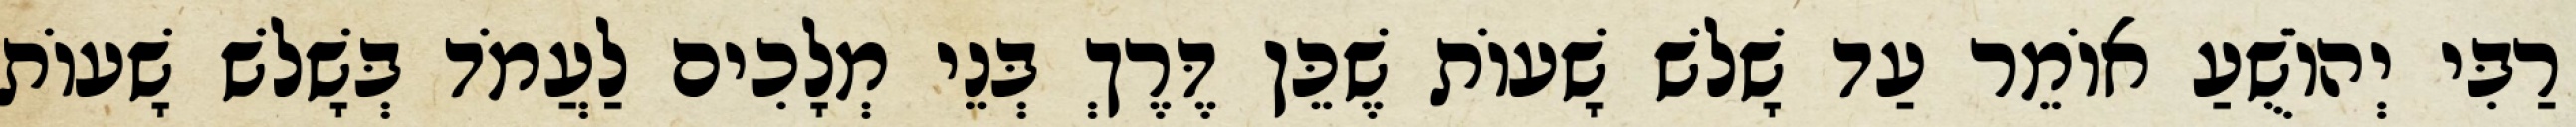
רַבִּי יְהוֹשֻׁעַ אוֹמֵר עַד שָׁלֹשׁ שָׁעוֹת שֶׁכֵּן דֶּרֶךְ בְּנֵי מְלָכִים לַעֲמֹד בְּשָׁלֹשׁ שָׁעוֹת